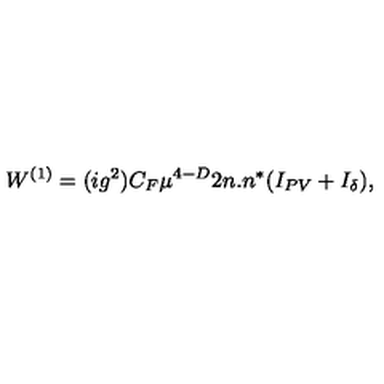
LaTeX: W ^ { ( 1 ) } = ( i g ^ { 2 } ) C _ { F } \mu ^ { 4 - D } 2 n . n ^ { * } ( I _ { P V } + I _ { \delta } ) ,